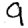
Digit: 9